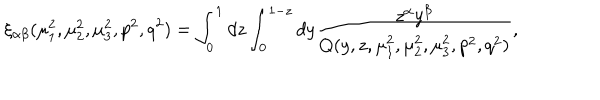
LaTeX: \xi _ { \alpha \beta } ( \mu _ { 1 } ^ { 2 } , \mu _ { 2 } ^ { 2 } , \mu _ { 3 } ^ { 2 } , p ^ { 2 } , q ^ { 2 } ) = \int _ { 0 } ^ { 1 } d z \int _ { 0 } ^ { 1 - z } d y \frac { z ^ { \alpha } y ^ { \beta } } { Q ( y , z , \mu _ { 1 } ^ { 2 } , \mu _ { 2 } ^ { 2 } , \mu _ { 3 } ^ { 2 } , p ^ { 2 } , q ^ { 2 } ) } ,